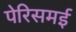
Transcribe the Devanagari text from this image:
पेरिसमई